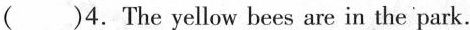
( )4. The yellow bees are in the park.